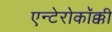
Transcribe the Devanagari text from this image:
एन्टेरोकॉक्की